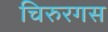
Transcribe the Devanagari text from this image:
चिरुरगस